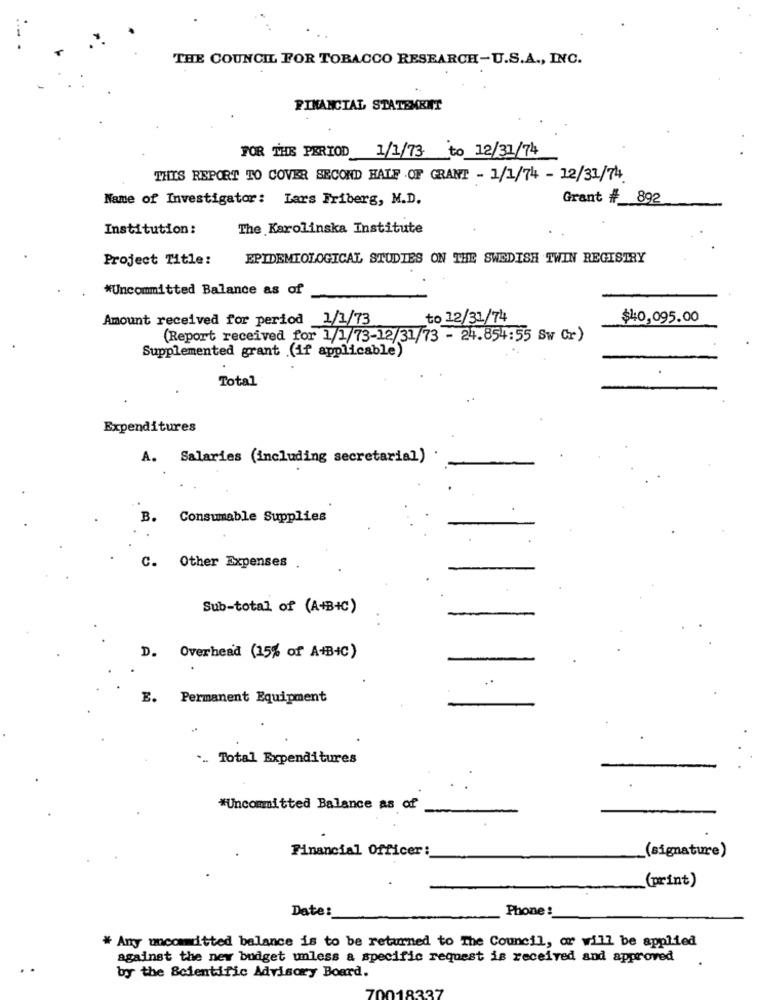
THE COUNCIL FOR TOBACCO RESEARCH-U.S.A ., INC.
FINANCIAL STATEMENT
FOR THE PERIOD 1/1/73 to 12/31/74
THIS REPORT TO COVER SECOND HALF OF GRANT - 1/1/74 - 12/31/74.
Name of Investigator: Lars Friberg, M.D.
Grant # 892
Institution:
The Karolinska Institute
Project Title:
EPIDEMIOLOGICAL STUDIES ON THE SWEDISH TWIN REGISTRY
*Uncommitted Balance as of
Amount received for period 1/1/73
to 12/31/74
$40,095.00
(Report received for 1/1/73-12/31/73 - 24.854:55 Sw Cr)
Supplemented grant (if applicable)
Total
Expenditures
A. Salaries (including secretarial)
B.
Consumable Supplies
Other Expenses
c.
Sub-total of (A+B+C)
D.
Overhead (15% of A+B+C)
E. Permanent Equipment
. Total Expenditures
#Uncommitted Balance as of
Financial Officer:
(signature)
(print)
Date:
Phone!
# Any uncommitted balance is to be returned to The Council, or will be applied
against the new budget unless a specific request is received and approved
by the Scientific Advisory Board.
183